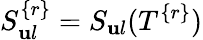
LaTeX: S_{\mathbf{u}l}^{\{ r\} }=S_{\mathbf{u}l}(T^{\{ r\} })